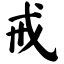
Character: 戒